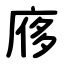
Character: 㢋